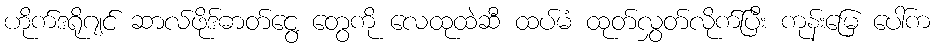
ဟိုက်ဒရိုဂျင် ဆာလ်ဖိုဒ်ဓာတ်ငွေ့ တွေကို လေထုထဲဆီ ထပ်မံ ထုတ်လွှတ်လိုက်ပြီး ကုန်းမြေ ပေါ်က